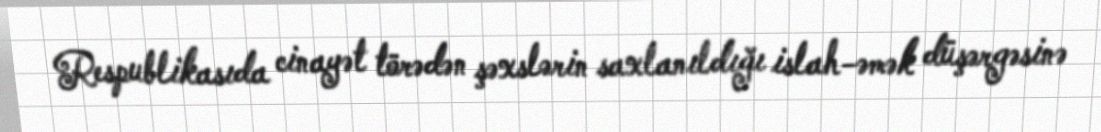
Respublikasıda cinayət törədən şəxslərin saxlanıldığı islah-əmək düşərgəsinə